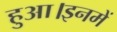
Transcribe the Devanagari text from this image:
हुआ।इनमें